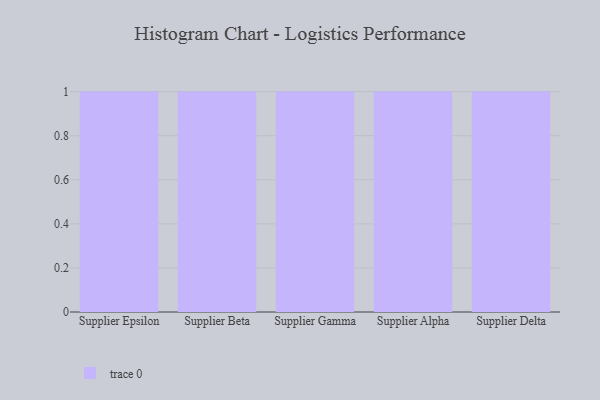
{"axis": {"x": "Supplier", "y": "Backlog"}, "legend": [""], "data": [{"x": "Supplier Epsilon", "y": 43, "type": ""}, {"x": "Supplier Beta", "y": 94, "type": ""}, {"x": "Supplier Gamma", "y": 91, "type": ""}, {"x": "Supplier Alpha", "y": 68, "type": ""}, {"x": "Supplier Delta", "y": 76, "type": ""}]}